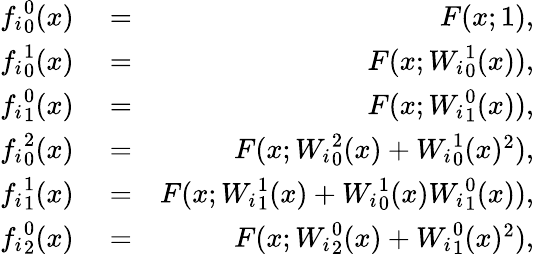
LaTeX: \begin{array}{rlr}{{f_{i}}_{0}^{0}(x)}&{{}=}&{F(x;1),}\\ {{f_{i}}_{0}^{1}(x)}&{{}=}&{F(x;{W_{i}}_{0}^{1}(x)),}\\ {{f_{i}}_{1}^{0}(x)}&{{}=}&{F(x;{W_{i}}_{1}^{0}(x)),}\\ {{f_{i}}_{0}^{2}(x)}&{{}=}&{F(x;{W_{i}}_{0}^{2}(x)+{W_{i}}_{0}^{1}(x)^{2}),}\\ {{f_{i}}_{1}^{1}(x)}&{{}=}&{F(x;{W_{i}}_{1}^{1}(x)+{W_{i}}_{0}^{1}(x){W_{i}}_{1}^{0}(x)),}\\ {{f_{i}}_{2}^{0}(x)}&{{}=}&{F(x;{W_{i}}_{2}^{0}(x)+{W_{i}}_{1}^{0}(x)^{2}),}\end{array}